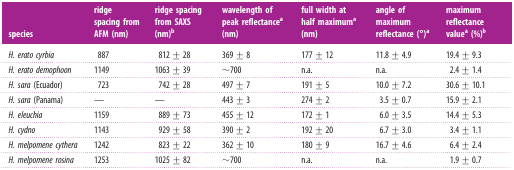
| species | ridge spacing from AFM (nm) | ridge spacing from SAXS (nm)b | wavelength of peak reflectancea (nm) | full width at half maximuma (nm) | angle of maximum reflectance (°)a | maximum reflectance valuea (%)b |
 | --- | --- | --- | --- | --- | --- | --- |
 | H. erato cyrbia | 887 | 812 ± 28 | 369 ± 8 | 177 ± 12 | 11.8 ± 4.9 | 19.4 ± 9.3 |
 | H. erato demophoon | 1149 | 1063 ± 39 | ∼700 | n.a. | n.a. | 2.4 ± 1.4 |
 | H. sara (Ecuador) | 723 | 742 ± 28 | 497 ± 7 | 191 ± 5 | 10.0 ± 7.2 | 30.6 ± 10.1 |
 | H. sara (Panama) | — | — | 443 ± 3 | 274 ± 2 | 3.5 ± 0.7 | 15.9 ± 2.1 |
 | H. eleuchia | 1159 | 889 ± 73 | 455 ± 12 | 172 ± 1 | 6.0 ± 3.5 | 14.4 ± 5.3 |
 | H. cydno | 1143 | 929 ± 58 | 390 ± 2 | 192 ± 20 | 6.7 ± 3.0 | 3.4 ± 1.1 |
 | H. melpomene cythera | 1242 | 823 ± 22 | 362 ± 10 | 180 ± 9 | 16.7 ± 4.6 | 6.4 ± 2.4 |
 | H. melpomene rosina | 1253 | 1025 ± 82 | ∼700 | n.a. | n.a. | 1.9 ± 0.7 |